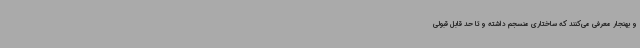
و بهنجار معرفی می‌کنند که ساختاری منسجم داشته و تا حد قابل قبولی